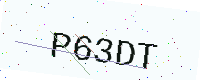
Text: P63DT